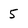
Character: 5